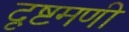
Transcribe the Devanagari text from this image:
दृष्टमणी